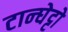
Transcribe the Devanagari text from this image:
टान्घेट्टो